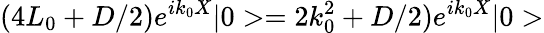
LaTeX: (4L_{0}+D/2)e^{ik_{0}X}|0>=2k_{0}^{2}+D/2)e^{ik_{0}X}|0>